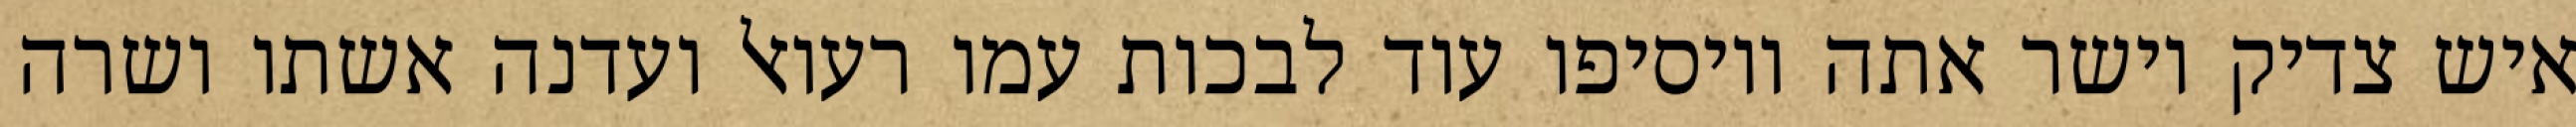
איש צדיק וישר אתה ויוסיפו עוד לבכות עמו רעואל ועדנה אשתו ושרה